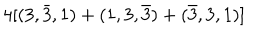
LaTeX: 4 [ ( 3 , \bar { 3 } , 1 ) + ( 1 , 3 , \bar { 3 } ) + ( \bar { 3 } , 3 , 1 ) ]